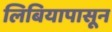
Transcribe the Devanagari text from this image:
लिबियापासून